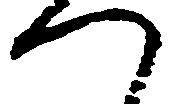
つ